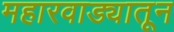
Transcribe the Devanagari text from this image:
महारवाड्यातून